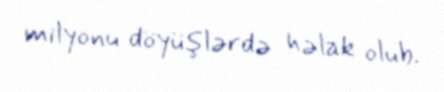
milyonu döyüşlərdə həlak olub.